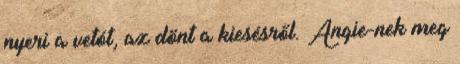
nyeri a vetót, az dönt a kiesésről. Angie-nek meg